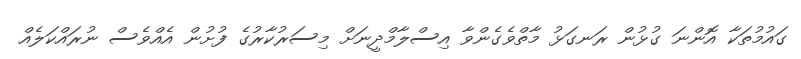
ގައުމުތަކާ އޮންނަ ގުޅުން ރަނގަޅު މާތްވެގެންވާ އިސްލާމްދީނަށް މިސަރުކާރުގެ ފުށުން އެއްވެސް ނުރައްކަލެއް